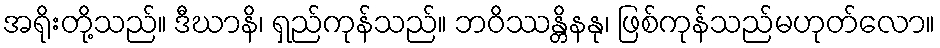
အရိုးတို့သည်။ ဒီဃာနိ၊ ရှည်ကုန်သည်။ ဘဝိဿန္တိနနု၊ ဖြစ်ကုန်သည်မဟုတ်လော။